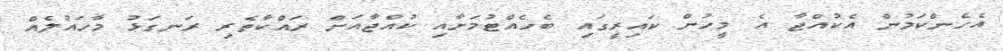
އެހެންކަމުން އެކުއްޖާ އެ މީހުން ކައިރީގައި ބެހެއްޓުމަށާއި ކުއްޖާއަށް ރައްކާތެރި ރަނގަޅު މާހައުލެއް